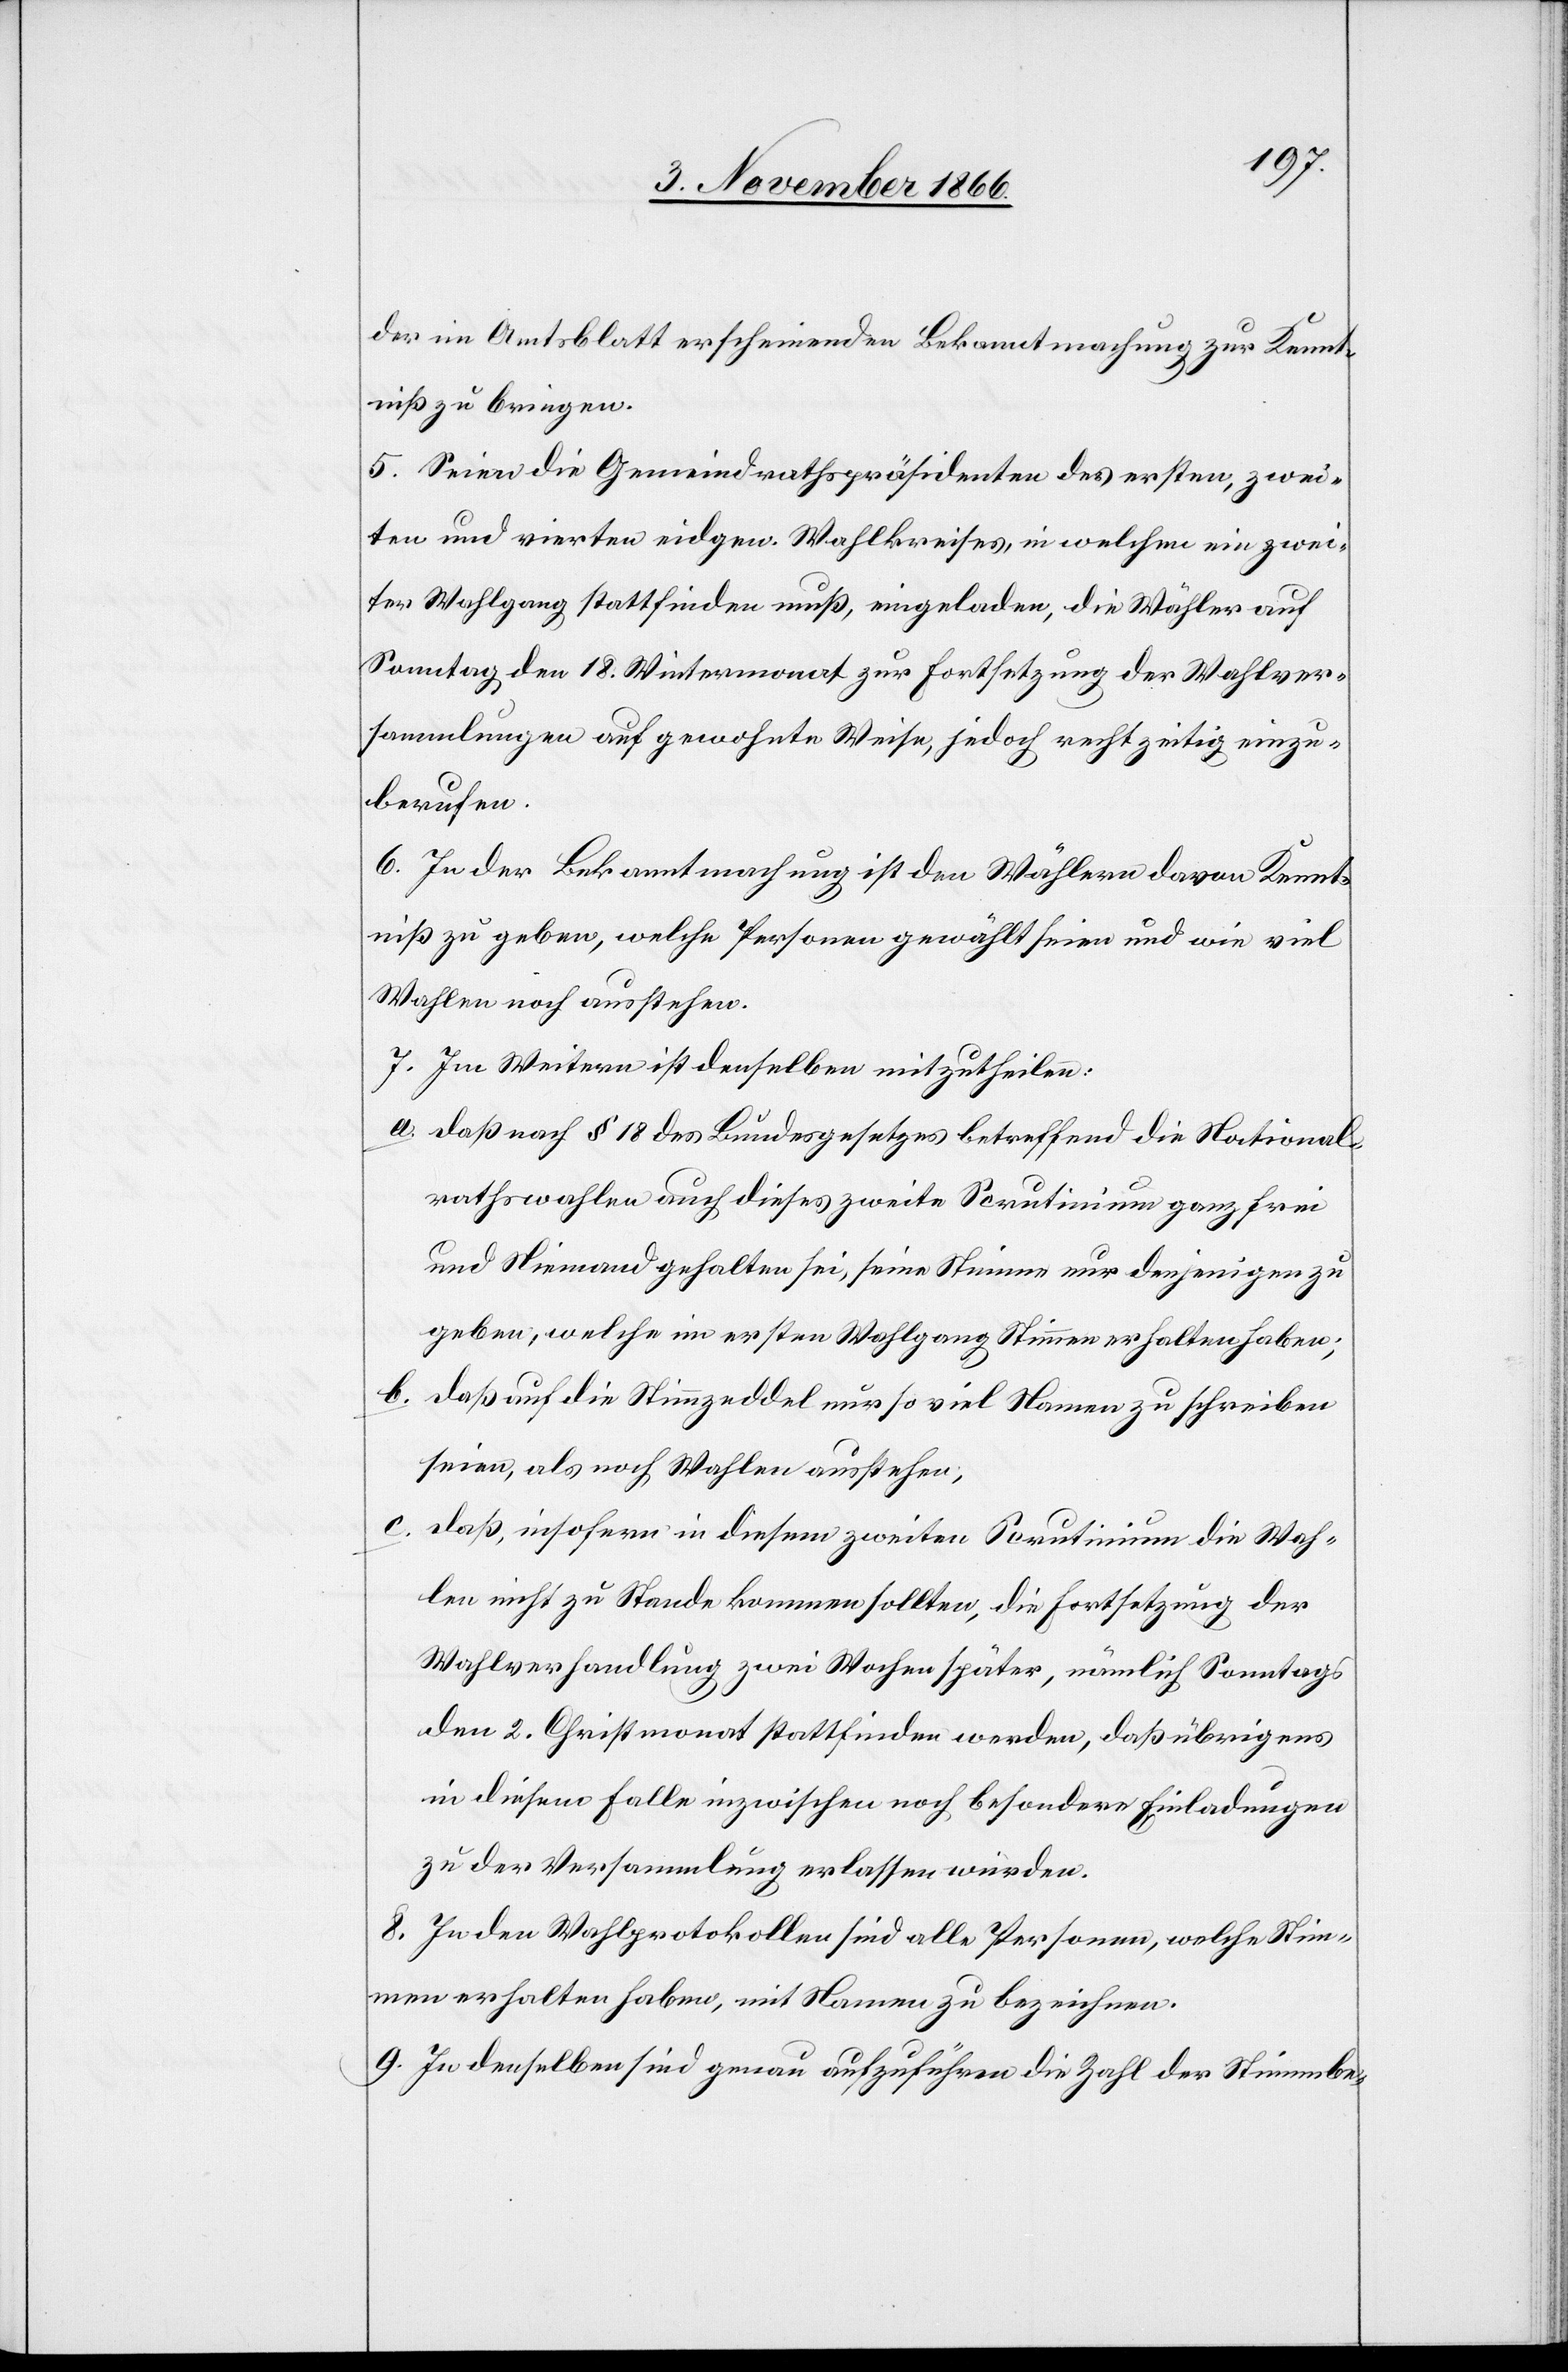
der im Amtsblatt erscheinenden Bekanntmachung zur Kennt¬
niß zu bringen.
5. Seien die Gemeindrathspräsidenten des ersten, zwei¬
ten und vierten eidgen. Wahlkreises, in welchen ein zwei¬
ter Wahlgang stattfinden muß, eingeladen, die Wähler auf
Sonntag, den 18. Wintermonat zur Fortsetzung der Wahlver¬
sammlungen auf gewohnte Weise, jedoch rechtzeitig einzu¬
berufen.
6. In der Bekanntmachung ist den Wählern davon Kennt¬
niß zu geben, welche Personen gewählt seien und wie viel
Wahlen noch ausstehen.
7. Im Weitern ist denselben mitzutheilen:
a. daß nach § 18 des Bundesgesetzes betreffend die National¬
rathswahlen auch dieses zweite Scrutinium ganz frei
und Niemand gehalten sei, seine Stimme nur denjenigen zu
geben, welche im ersten Wahlgang Stimmen erhalten haben;
b. daß auf die Stimmzeddel nur so viel Namen zu schreiben
seien, als noch Wahlen ausstehen;
c. daß, insofern in diesem zweiten Scrutinium die Wah¬
len nicht zu Stande kommen sollten, die Fortsetzung der
Wahlverhandlung zwei Wochen später, nämlich Sonntags
den 2. Christmonat stattfinden werden, daß übrigens
in diesem Falle inzwischen noch besondere Einladungen
zu der Versammlung erlassen würden.
8. In den Wahlprotokollen sind alle Personen, welche Stim¬
men erhalten haben, mit Namen zu bezeichnen.
9. In denselben sind genau aufzuführen die Zahl der Stimmbe-